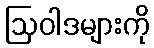
ဩဝါဒများကို